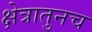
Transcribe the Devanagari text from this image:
क्षेत्रातुनच